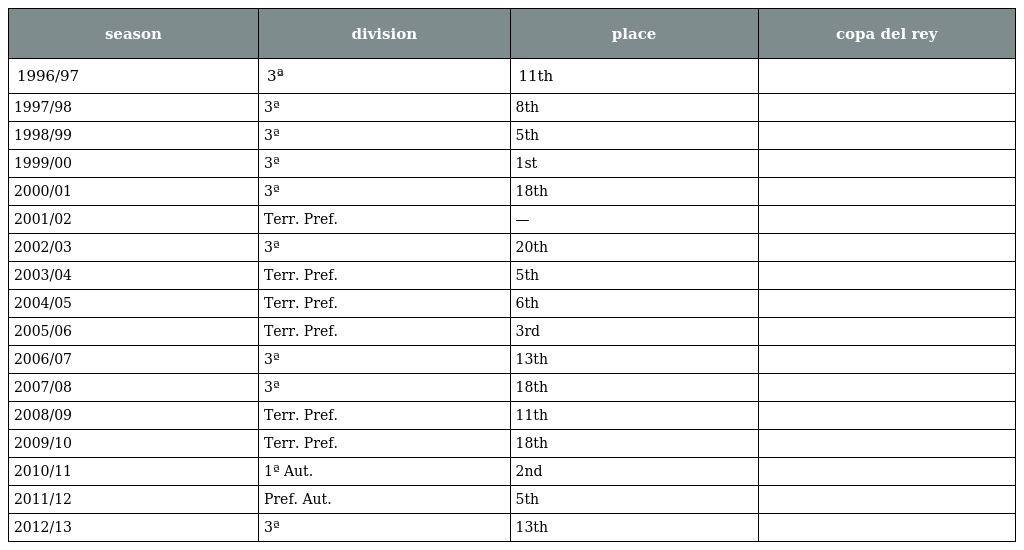
| season | division | place | copa del rey |
 | --- | --- | --- | --- |
 | 1996/97 | 3ª | 11th |  |
 | 1997/98 | 3ª | 8th |  |
 | 1998/99 | 3ª | 5th |  |
 | 1999/00 | 3ª | 1st |  |
 | 2000/01 | 3ª | 18th |  |
 | 2001/02 | Terr. Pref. | — |  |
 | 2002/03 | 3ª | 20th |  |
 | 2003/04 | Terr. Pref. | 5th |  |
 | 2004/05 | Terr. Pref. | 6th |  |
 | 2005/06 | Terr. Pref. | 3rd |  |
 | 2006/07 | 3ª | 13th |  |
 | 2007/08 | 3ª | 18th |  |
 | 2008/09 | Terr. Pref. | 11th |  |
 | 2009/10 | Terr. Pref. | 18th |  |
 | 2010/11 | 1ª Aut. | 2nd |  |
 | 2011/12 | Pref. Aut. | 5th |  |
 | 2012/13 | 3ª | 13th |  |